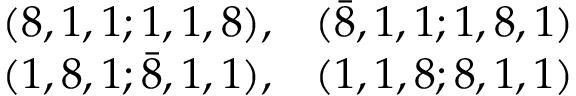
\begin{array} { r r } { { ( 8 , 1 , 1 ; 1 , 1 , 8 ) , } } & { { ( { \bar { 8 } } , 1 , 1 ; 1 , 8 , 1 ) } } \\ { { ( 1 , 8 , 1 ; { \bar { 8 } } , 1 , 1 ) , } } & { { ( 1 , 1 , 8 ; 8 , 1 , 1 ) } } \end{array}